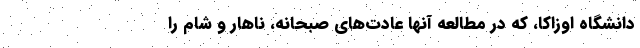
دانشگاه اوزاکا، که در مطالعه آنها عادت‌های صبحانه، ناهار و شام را